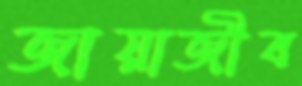
জায়াজীব